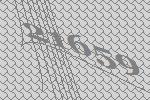
21659